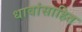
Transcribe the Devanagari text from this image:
धावांसाहित